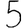
Digit: 5